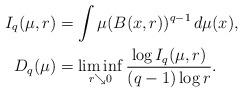
LaTeX: \begin{align*}I_q(\mu,r) &= \int \mu(B(x,r))^{q-1} \,d\mu(x), \\D_q(\mu) &= \liminf_{r\searrow 0} \frac{\log I_{q}(\mu,r)}{(q-1)\log r}.\end{align*}